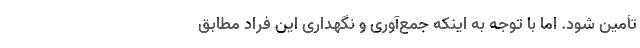
تأمین شود. اما با توجه به اینکه جمع‌آوری و نگهداری این فراد مطابق